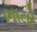
ભાતો